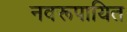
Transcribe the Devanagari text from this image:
नवरूपायित